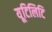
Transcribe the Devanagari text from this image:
यूटिलिटि